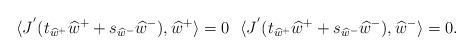
LaTeX: \begin{align*}\langle J^{'}(t_{\widehat{w}^+}\widehat{w}^{+}+s_{\widehat{w}^-}\widehat{w}^{-}),\widehat{w}^+\rangle=0\ \ \langle J^{'}(t_{\widehat{w}^+}\widehat{w}^{+}+s_{\widehat{w}^-}\widehat{w}^{-}),\widehat{w}^-\rangle=0.\end{align*}